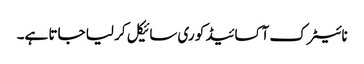
نائیٹرک آکسائیڈ کو ری سائیکل کر لیا جاتا ہے۔